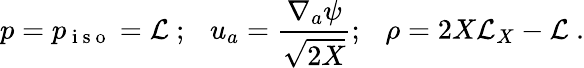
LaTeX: p=p_{\mathrm{~i~s~o~}}=\mathcal{L}~;\, \, \, \ u_{a}=\frac{\nabla_{a}\psi}{\sqrt{2X}};\, \, \, \ \rho=2X\mathcal{L}_{X}-\mathcal{L}~.